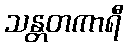
သန္တတကာရီ